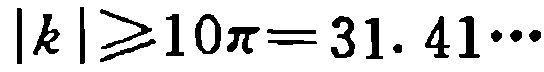
\(\vert k\vert\geqslant 10\pi = 31.41\cdots\)